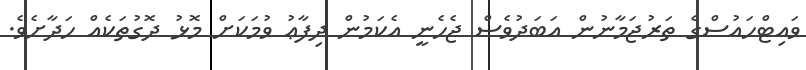
ވައިޓްހައުސްގެ ތަރުޖަމާނުން އަބަދުވެސް ޖެހެނީ އެކަމުން ދިފާޢު ވުމަކަށް މޮޅު ދޮގުތަކެއް ހަދާށެވެ.